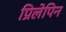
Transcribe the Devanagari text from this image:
प्रिलेपिन